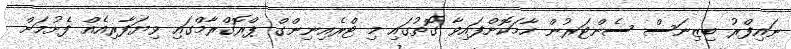
ނައިފްރު ބިޒިނަސް ސެންޓަރުން ހާމަކޮށްފައިވާ ގޮތުގައި މި ޓްރެއިނިންގް ޕްރޮގްރާމްގައި ވިޔަފާރިއެއް ފެށުމަށް